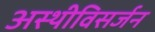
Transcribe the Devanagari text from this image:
अस्थीविसर्जन